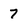
Character: 7